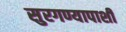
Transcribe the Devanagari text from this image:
सुरगण्यापाशी